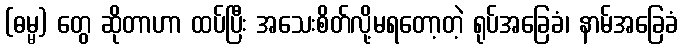
(ဓမ္မ) တွေ ဆိုတာဟာ ထပ်ပြီး အသေးစိတ်လို့မရတော့တဲ့ ရုပ်အခြေခံ၊ နာမ်အခြေခံ